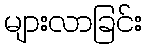
များလာခြင်း